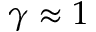
\gamma \approx 1